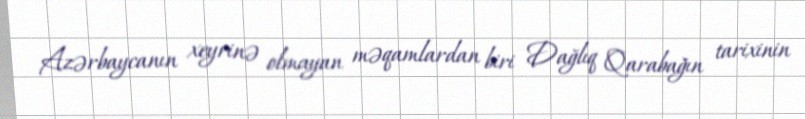
Azərbaycanın xeyrinə olmayan məqamlardan biri Dağlıq Qarabağın tarixinin